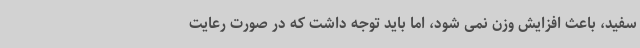
سفید، باعث افزایش وزن نمی شود، اما باید توجه داشت که در صورت رعایت